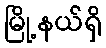
မြို့နယ်ရှိ